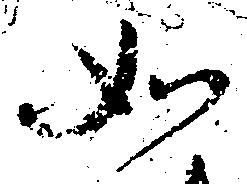
如